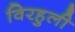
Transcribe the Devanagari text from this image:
विरहुली